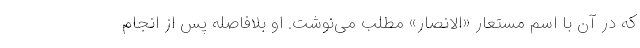
که در آن با اسم مستعار «الانصار» مطلب می‌نوشت. او بلافاصله پس از انجام